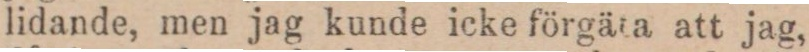
lidande, men jag kunde icke förgäta att jag,